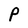
Character: P